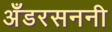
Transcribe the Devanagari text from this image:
अँडरसननी